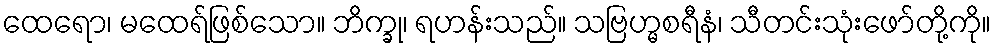
ထေရော၊ မထေရ်ဖြစ်သော။ ဘိက္ခု၊ ရဟန်းသည်။ သဗြဟ္မစရီနံ၊ သီတင်းသုံးဖော်တို့ကို။